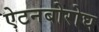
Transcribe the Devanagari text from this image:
ऐटनबोरोघ